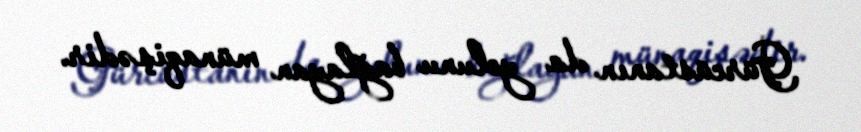
Gürcüstanın da yolunu bağlayan münaqişədir.